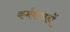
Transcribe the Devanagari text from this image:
कर्मकाण्ड़ों